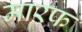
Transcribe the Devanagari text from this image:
मारफ